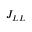
J _ { L L }